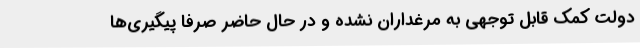
دولت کمک قابل توجهی به مرغداران نشده و در حال حاضر صرفاً پیگیری‌ها